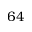
6 4